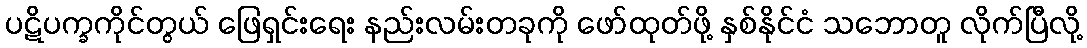
ပဋိပက္ခကိုင်တွယ် ဖြေရှင်းရေး နည်းလမ်းတခုကို ဖော်ထုတ်ဖို့ နှစ်နိုင်ငံ သဘောတူ လိုက်ပြီလို့